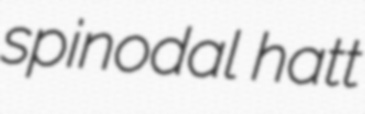
spinodal hatt